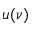
u ( \nu )